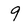
Character: 9